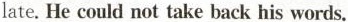
late. He could not take back his words.